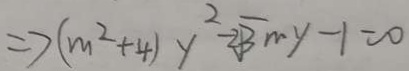
\Rightarrow ( m ^ { 2 } + 4 ) y ^ { 2 } - 2 \sqrt { 3 } m y - 1 = 0